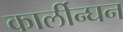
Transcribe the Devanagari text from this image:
कार्लीन्घन